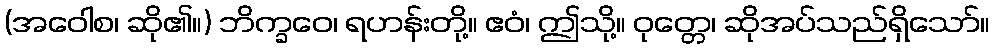
(အဝေါစ၊ ဆို၏။) ဘိက္ခဝေ၊ ရဟန်းတို့။ ဧဝံ၊ ဤသို့။ ဝုတ္တေ၊ ဆိုအပ်သည်ရှိသော်။